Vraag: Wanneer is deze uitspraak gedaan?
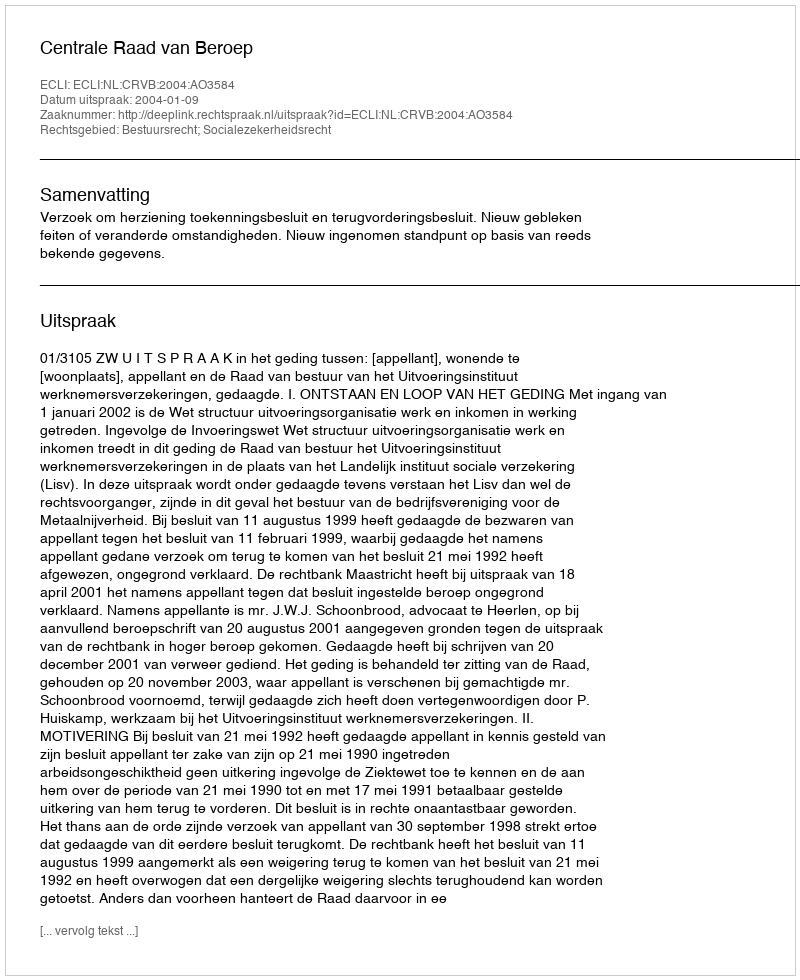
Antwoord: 2004-01-09